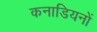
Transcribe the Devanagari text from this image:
कनाडियनों